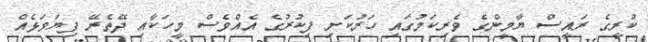
ކުރީގެ ރައީސް ޔާމީންގެ ވެރިކަމުގައި ހަރުކަށި ފިކުުރުގެ އެއްވެސް މީހަކާއި ދޭތެރޭ ފިޔަވަޅެއް